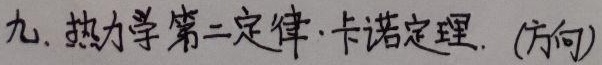
九. 热力学第二定律·卡诺定理. (方向)